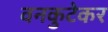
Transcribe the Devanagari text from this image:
वनकुटेकर